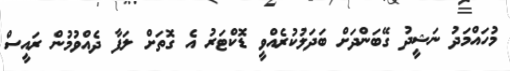
މުހައްމަދު ނަޝީދު ގޭބަންދަށް ބަދަލުކުރެއްވީ ޑޮކްޓަރު އެ ގޮތަށް ލަފާ ދެއްވުމުން ރައީސް